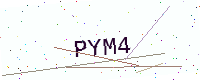
Text: PYM4